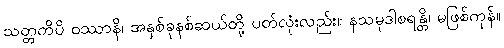
သတ္တတိပိ ဝဿာနိ၊ အနှစ်ခုနစ်ဆယ်တို့ ပတ်လုံးလည်း။ နသမုဒါစရန္တိ၊ မဖြစ်ကုန်။